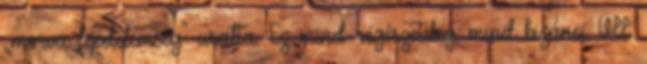
„morva fejedelemség" uralta. Ez mind régészetileg, mind bizánci VII.